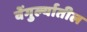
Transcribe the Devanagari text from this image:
वेंगुर्ल्यातील